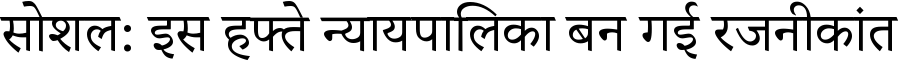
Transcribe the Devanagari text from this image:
सोशल: इस हफ्ते न्यायपालिका बन गई रजनीकांत